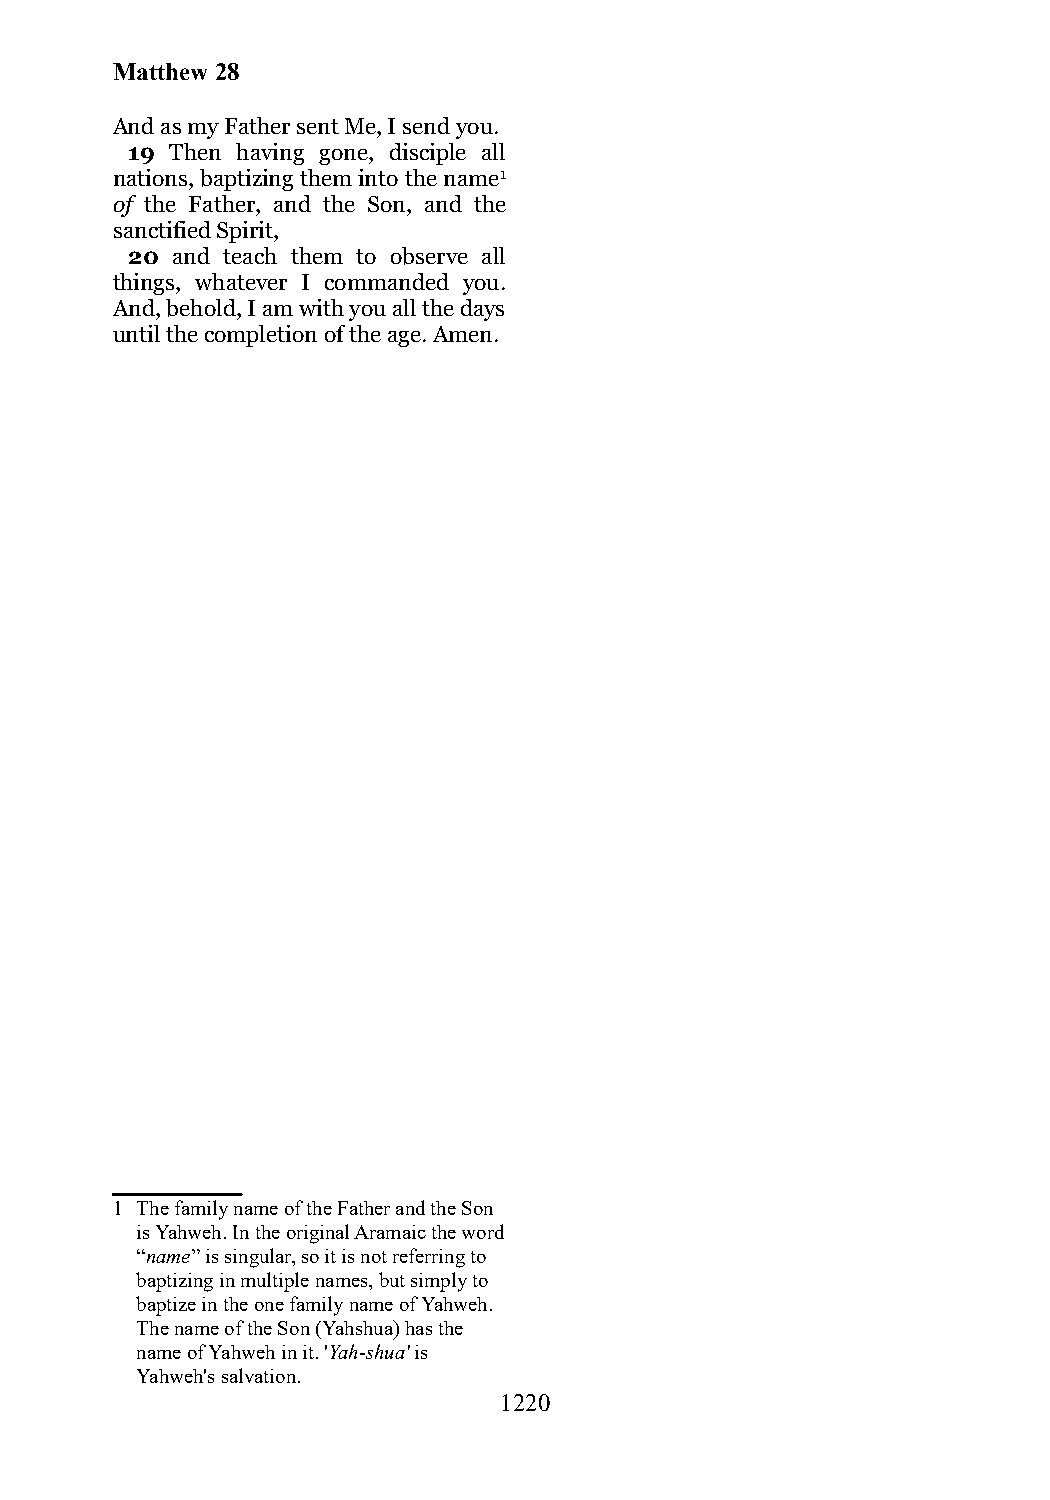
Matthew 28
 And as my Father sent Me, I send you.
 19 Then having gone, disciple all
 nations, baptizing them into the name1
 of the Father, and the Son, and the
 sanctified Spirit,
 20 and teach them to observe all
 things, whatever I commanded you.
 And, behold, I am with you all the days
 until the completion of the age. Amen.
 1 The family name of the Father and the Son
 is Yahweh. In the original Aramaic the word
 “name” is singular, so it is not referring to
 baptizing in multiple names, but simply to
 baptize in the one family name of Yahweh.
 The name of the Son (Yahshua) has the
 name of Yahweh in it. 'Yah-shua' is
 Yahweh's salvation.
 1220